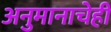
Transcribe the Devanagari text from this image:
अनुमानाचेही